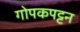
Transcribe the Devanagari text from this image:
गोपकपट्टन